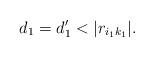
LaTeX: \begin{align*}d_1=d'_1<|r_{i_1 k_1}|.\end{align*}